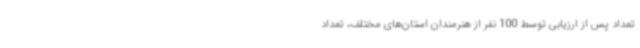
تعداد پس از ارزیابی توسط 100 نفر از هنرمندان استان‌های مختلف، تعداد